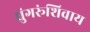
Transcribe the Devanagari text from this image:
घुंगरूंशिवाय